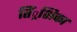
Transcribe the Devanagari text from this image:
तिं्रशिका